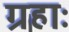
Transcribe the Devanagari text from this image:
ग्रहाः